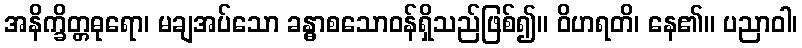
အနိက္ခိတ္တဓုရော၊ မချအပ်သော ခန္ဓာစသောဝန်ရှိသည်ဖြစ်၍။ ဝိဟရတိ၊ နေ၏။ ပညာဝါ၊